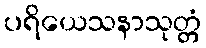
ပရိယေသနာသုတ္တံ